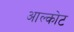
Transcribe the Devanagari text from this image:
आल्कोट